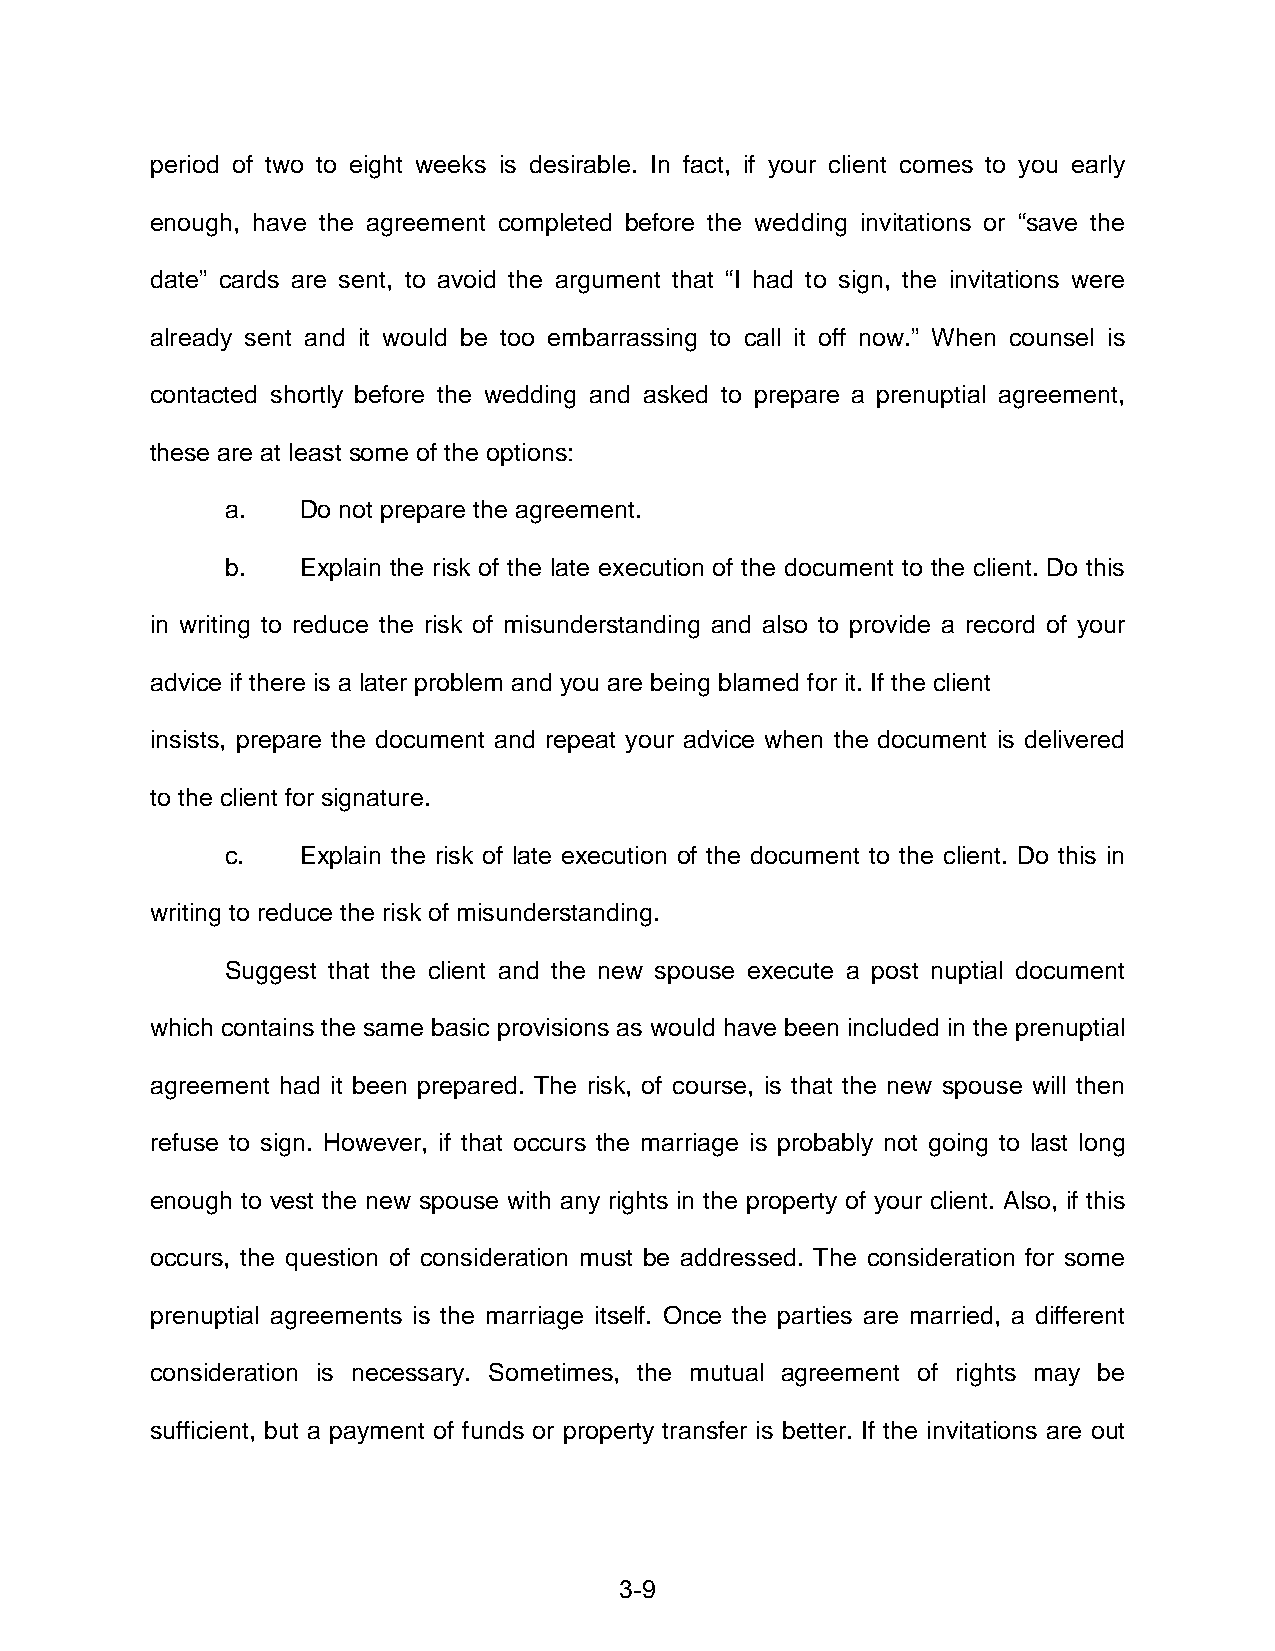
period of two to eight weeks is desirable. In fact, if your client comes to you early
 enough, have the agreement completed before the wedding invitations or “save the
 date” cards are sent, to avoid the argument that “I had to sign, the invitations were
 already sent and it would be too embarrassing to call it off now.” When counsel is
 contacted shortly before the wedding and asked to prepare a prenuptial agreement,
 these are at least some of the options:
 a.   Do not prepare the agreement.
 b.   Explain the risk of the late execution of the document to the client. Do this
 in writing to reduce the risk of misunderstanding and also to provide a record of your
 advice if there is a later problem and you are being blamed for it. If the client
 insists, prepare the document and repeat your advice when the document is delivered
 to the client for signature.
 c.   Explain the risk of late execution of the document to the client. Do this in
 writing to reduce the risk of misunderstanding.
 Suggest that the client and the new spouse execute a post nuptial document
 which contains the same basic provisions as would have been included in the prenuptial
 agreement had it been prepared. The risk, of course, is that the new spouse will then
 refuse to sign. However, if that occurs the marriage is probably not going to last long
 enough to vest the new spouse with any rights in the property of your client. Also, if this
 occurs, the question of consideration must be addressed. The consideration for some
 prenuptial agreements is the marriage itself. Once the parties are married, a different
 consideration is necessary. Sometimes, the mutual agreement of rights may be
 sufficient, but a payment of funds or property transfer is better. If the invitations are out
 3-9